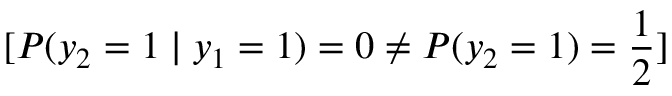
[ P ( y _ { 2 } = 1 \mid y _ { 1 } = 1 ) = 0 \neq P ( y _ { 2 } = 1 ) = { \frac { 1 } { 2 } } ]